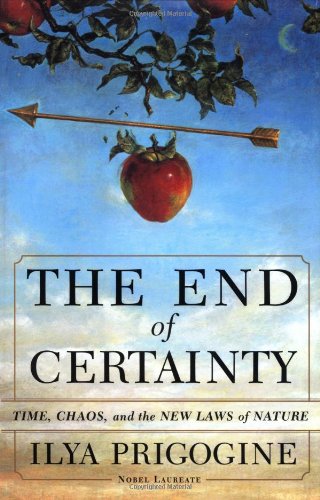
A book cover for The End of Certainty; Ilya Prigogine; Science & Math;